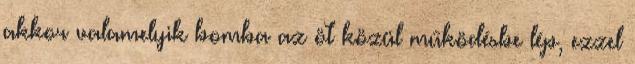
akkor valamelyik bomba az öt közül működésbe lép, ezzel